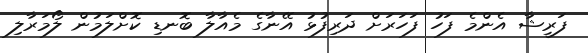
ފަރީޝާ އެންމެ ފަހު ފަހަރަށް ދަރިފުޅު އޭނާގެ މެއާލާ ބޮނޑި ކޮށްލަމުން ލޯމަރާލި